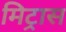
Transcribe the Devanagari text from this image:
मिट्रास